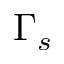
\Gamma _ { s }